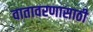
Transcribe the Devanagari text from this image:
वातावरणासाठी